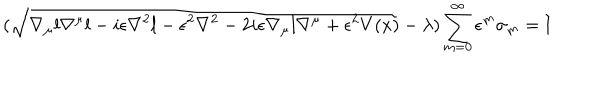
LaTeX: ( \sqrt { \nabla _ { \mu } l \nabla ^ { \mu } l - i \epsilon \nabla ^ { 2 } l - \epsilon ^ { 2 } \nabla ^ { 2 } - 2 i \epsilon \nabla _ { \mu } l \nabla ^ { \mu } + \epsilon ^ { 2 } V ( x ) } - \lambda ) \sum _ { m = 0 } ^ { \infty } \epsilon ^ { m } \sigma _ { m } = \mathrm { I }